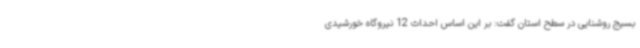
بسیج روشنایی در سطح استان گفت: بر این اساس احداث 12 نیروگاه خورشیدی